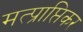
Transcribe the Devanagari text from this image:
मत्प्राप्तिकर